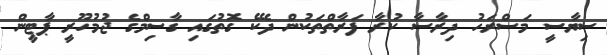
ސިޔާސީ މަސްރަހު ދިރާސާ ކުރާ ފަރާތްތަކުން ދެކޭ ގޮތުގައި ގާސިމްގެ ޖުމުހޫރީ ޕާޓީން